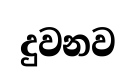
දුවනව